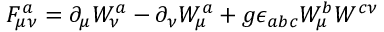
F _ { \mu \nu } ^ { a } = \partial _ { \mu } W _ { \nu } ^ { a } - \partial _ { \nu } W _ { \mu } ^ { a } + g \epsilon _ { a b c } W _ { \mu } ^ { b } W ^ { c \nu }